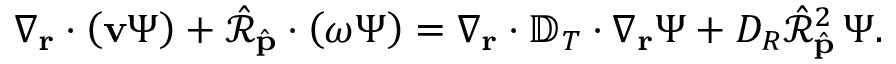
{ \nabla } _ { \mathbf { r } } \cdot \left( \mathbf { v } \Psi \right) + \hat { \mathcal R } _ { \hat { \mathbf p } } \cdot \left( \boldsymbol { \omega } \Psi \right) = \nabla _ { \mathbf { r } } \cdot { \mathbb D } _ { T } \cdot \nabla _ { \mathbf { r } } \Psi + D _ { R } \hat { \mathcal R } _ { \hat { \mathbf p } } ^ { 2 } \, \Psi .